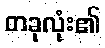
တခုလုံး၏